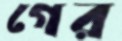
গের